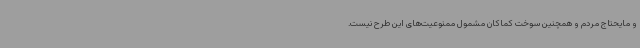
و مایحتاج مردم و همچنین سوخت کماکان مشمول ممنوعیت‌های این طرح نیست.